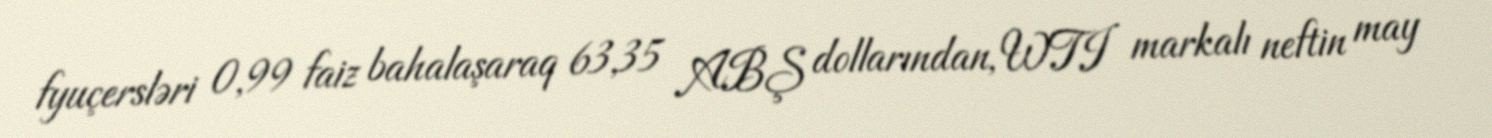
fyuçersləri 0,99 faiz bahalaşaraq 63,35 ABŞ dollarından, WTI markalı neftin may